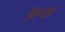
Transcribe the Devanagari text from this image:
गिन्दङ